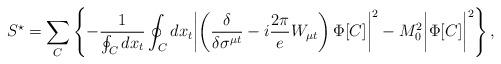
LaTeX: \begin{align*}S^{\star}=\sum_{C} \left\{ -\frac{1}{ \oint_{C}dx_{t}} \oint_{C} dx_t\biggl| \left( \frac{\delta}{\delta\sigma^{\mu t}} - i \frac{2\pi}{e}W_{\mu t} \right) \Phi[C] \biggr|^{2} - M_{0}^{2} \biggl| \Phi[C]\biggr|^{2} \right\}, \end{align*}